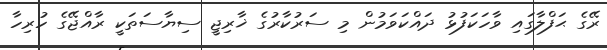
ރޭގެ ޙަފްލާގައި ވާހަކަފުޅު ދައްކަވަމުން މި ސަރުކާރުގެ ޚާރިޖީ ސިޔާސަތަކީ ރާއްޖޭގެ ހުރިހާ